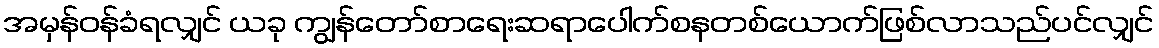
အမှန်ဝန်ခံရလျှင် ယခု ကျွန်တော်စာရေးဆရာပေါက်စနတစ်ယောက်ဖြစ်လာသည်ပင်လျှင်